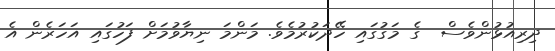
ދިރިއުޅުންވެސް  ގެ މަގުގައި ހޭދަކުރުމެވެ. މަންމަ ނިޔާވުމަށް ފަހުގައި އަހަރެން އެ